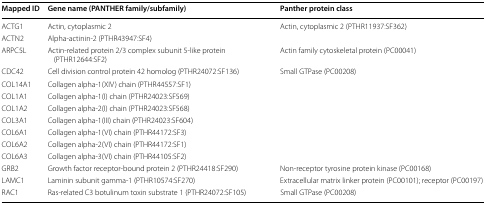
<table><thead><tr><td><b>Mapped ID</b></td><td><b>Gene name (PANTHER family/subfamily)</b></td><td><b>Panther protein class</b></td></tr></thead><tbody><tr><td>ACTG1</td><td>Actin, cytoplasmic 2</td><td>Actin, cytoplasmic 2 (PTHR11937:SF362)</td></tr><tr><td>ACTN2</td><td>Alpha-actinin-2 (PTHR43947:SF4)</td><td></td></tr><tr><td>ARPC5L</td><td>Actin-related protein 2/3 complex subunit 5-like protein (PTHR12644:SF2)</td><td>Actin family cytoskeletal protein (PC00041)</td></tr><tr><td>CDC42</td><td>Cell division control protein 42 homolog (PTHR24072:SF136)</td><td>Small GTPase (PC00208)</td></tr><tr><td>COL14A1</td><td>Collagen alpha-1(XIV) chain (PTHR44557:SF1)</td><td></td></tr><tr><td>COL1A1</td><td>Collagen alpha-1(I) chain (PTHR24023:SF569)</td><td></td></tr><tr><td>COL1A2</td><td>Collagen alpha-2(I) chain (PTHR24023:SF568)</td><td></td></tr><tr><td>COL3A1</td><td>Collagen alpha-1(III) chain (PTHR24023:SF604)</td><td></td></tr><tr><td>COL6A1</td><td>Collagen alpha-1(VI) chain (PTHR44172:SF3)</td><td></td></tr><tr><td>COL6A2</td><td>Collagen alpha-2(VI) chain (PTHR44172:SF1)</td><td></td></tr><tr><td>COL6A3</td><td>Collagen alpha-3(VI) chain (PTHR44105:SF2)</td><td></td></tr><tr><td>GRB2</td><td>Growth factor receptor-bound protein 2 (PTHR24418:SF290)</td><td>Non-receptor tyrosine protein kinase (PC00168)</td></tr><tr><td>LAMC1</td><td>Laminin subunit gamma-1 (PTHR10574:SF270)</td><td>Extracellular matrix linker protein (PC00101); receptor (PC00197)</td></tr><tr><td>RAC1</td><td>Ras-related C3 botulinum toxin substrate 1 (PTHR24072:SF105)</td><td>Small GTPase (PC00208)</td></tr></tbody></table>